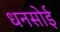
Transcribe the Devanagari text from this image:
धनसोई